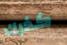
كذبك